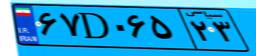
۰۷D۸۹۳۹۸